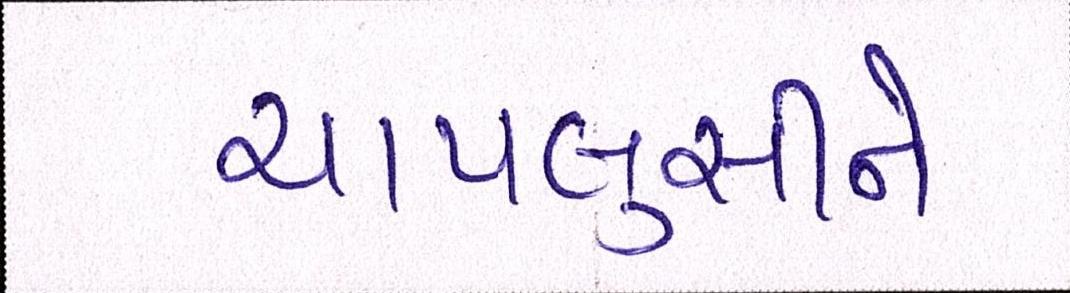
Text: ચાપલુસીને